Vaccination in Bombay 1902-1912 - 1902-1912
Year: 1902
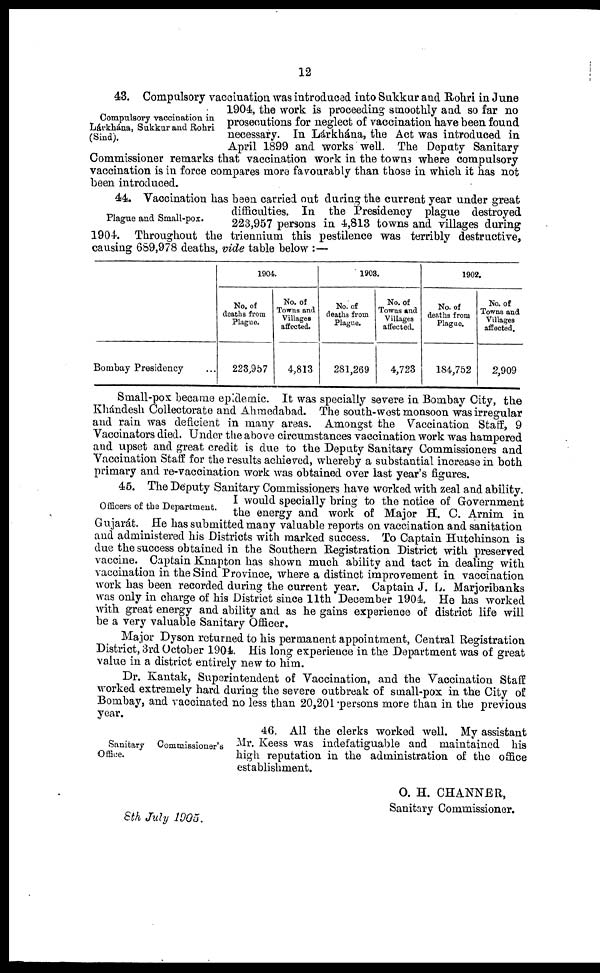
12
Compulsory vaccination in
Lárkhána, Sakkur and Rohri
(Sind).
43. Compulsory vaccination was introduced into Sukkur and Rohri in June
1904, the work is proceeding smoothly and so far no
prosecutions for neglect of vaccination have been found
necessary. In Lárkhána, the Act was introduced in
April 1899 and works well. The Deputy Sanitary
Commissioner remarks that vaccination work in the towns where compulsory
vaccination is in force compares more favourably than those in which it has not
been introduced.
Plague and Small-pox.
44. Vaccination has been carried out during the current year under great
difficulties. In the Presidency plague destroyed
223,957 persons in 4,813 towns and villages during
1904. Throughout the triennium this pestilence was terribly destructive,
causing 689,978 deaths, vide table below :—
Bombay Presidency ...
1904.
No. of
deaths from
Plague.
223,957
No. of
Towns and
Villages
affected.
4,813
1903.
No. of
deaths from
Plague.
281,269
No. of
Towns and
Villages
affected.
4,723
1902.
No. of
deaths from
Plague.
184,752
No. of
Towns and
Villages
affected.
2,909
Small-pox became epidemic. It was specially severe in Bombay City, the
Khándesh Collectorate and Ahmedabad. The south-west monsoon was irregular
and rain was deficient in many areas. Amongst the Vaccination Staff, 9
Vaccinators died. Under the above circumstances vaccination work was hampered
and upset and great credit is due to the Deputy Sanitary Commissioners and
Vaccination Staff for the results achieved, whereby a substantial increase in both
primary and re-vaccination work was obtained over last year's figures.
Officers of the Department.
45. The Deputy Sanitary Commissioners have worked with zeal and ability.
I would specially bring to the notice of Government
the energy and work of Major H. C. Arnim in
Gujarát. He has submitted many valuable reports on vaccination and sanitation
and administered his Districts with marked success. To Captain Hutchinson is
due the success obtained in the Southern Registration District with preserved
vaccine. Captain Knapton has shown much ability and tact in dealing with
vaccination in the Sind Province, where a distinct improvement in vaccination
work has been recorded during the current year. Captain J. L. Marjoribanks
was only in charge of his District since 11th December 1904. He has worked
with great energy and ability and as he gains experience of district life will
be a very valuable Sanitary Officer.
Major Dyson returned to his permanent appointment, Central Registration
District, 3rd October 1904. His long experience in the Department was of great
value in a district entirely new to him.
Dr. Kantak, Superintendent of Vaccination, and the Vaccination Staff
worked extremely hard during the severe outbreak of small-pox in the City of
Bombay, and vaccinated no less than 20,201 persons more than in the previous
year.
Sanitary Commissioner's
Office.
46. All the clerks worked well. My assistant
Mr. Keess was indefatiguable and maintained his
high reputation in the administration of the office
establishment.
O. H. CHANNER,
Sanitary Commissioner.
8th July 1905.